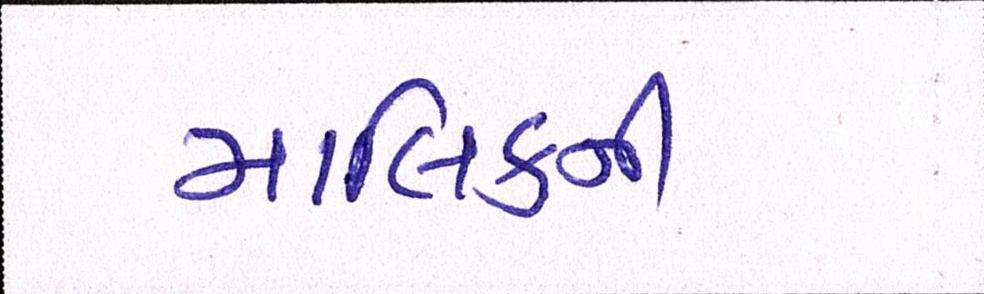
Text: માલિકની